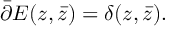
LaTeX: \bar { \partial } { \cal E } ( z , \bar { z } ) = \delta ( z , \bar { z } ) .